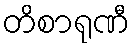
တိစာရုဏီ